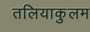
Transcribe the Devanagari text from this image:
तलियाकुलम